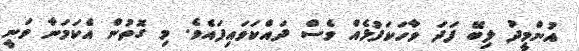
އުންމީދު ލިބޭ ފަދަ ވާހަކަފުޅެއް ވެސް ދައްކަވައިފައެވެ. މި ގޮތުން އެކަމަނާ ވަނީ